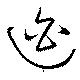
迫